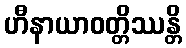
ဟီနာယာဝတ္တိဿန္တိ